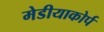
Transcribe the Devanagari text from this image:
मेडीयाकोर्प